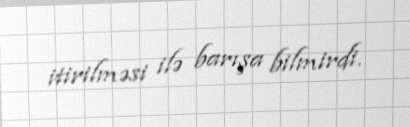
itirilməsi ilə barışa bilmirdi.